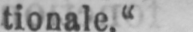
tionale.“